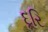
દૂરિ